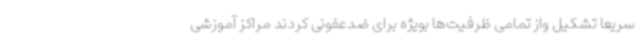
سریعاً تشکیل واز تمامی ظرفیت‌ها بویژه برای ضدعفونی کردند مراکز آموزشی